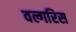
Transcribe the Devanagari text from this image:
वल्गरिस